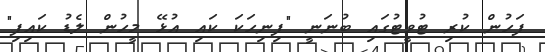
ފަހުން ކުރި ޓުވީޓުގައި ބުނަނީ "ފިނިހަކަ ކައި އުޅޭ މީހުން ލެޑު ކައިފި"